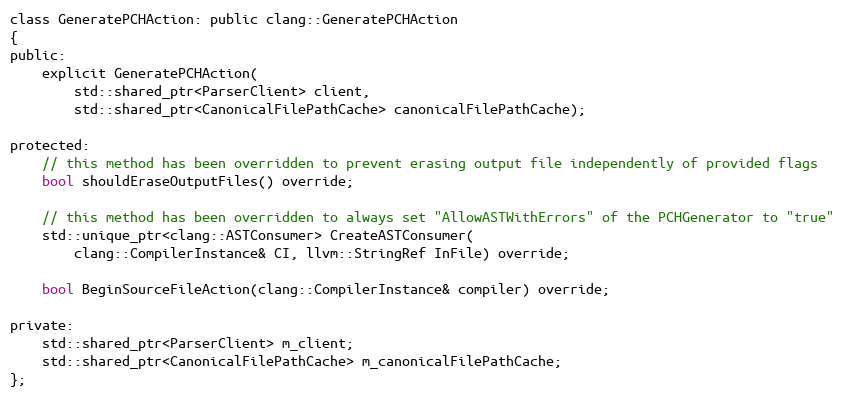
Language: C
class GeneratePCHAction: public clang::GeneratePCHAction
{
public:
	explicit GeneratePCHAction(
		std::shared_ptr<ParserClient> client,
		std::shared_ptr<CanonicalFilePathCache> canonicalFilePathCache);

protected:
	// this method has been overridden to prevent erasing output file independently of provided flags
	bool shouldEraseOutputFiles() override;

	// this method has been overridden to always set "AllowASTWithErrors" of the PCHGenerator to "true"
	std::unique_ptr<clang::ASTConsumer> CreateASTConsumer(
		clang::CompilerInstance& CI, llvm::StringRef InFile) override;

	bool BeginSourceFileAction(clang::CompilerInstance& compiler) override;

private:
	std::shared_ptr<ParserClient> m_client;
	std::shared_ptr<CanonicalFilePathCache> m_canonicalFilePathCache;
};